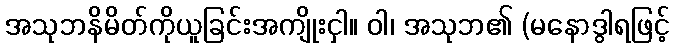
အသုဘနိမိတ်ကိုယူခြင်းအကျိုးငှါ။ ဝါ၊ အသုဘ၏ (မနောဒွါရဖြင့်